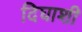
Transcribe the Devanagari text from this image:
दिघाशी